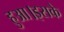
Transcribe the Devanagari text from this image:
हुआ।इसके